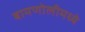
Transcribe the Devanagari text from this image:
बामणोलीमध्ये